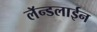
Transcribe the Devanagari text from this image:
लॅन्डलाईन